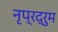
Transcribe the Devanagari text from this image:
नृप्रद्रुम